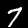
Label: 7